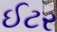
ઈટર